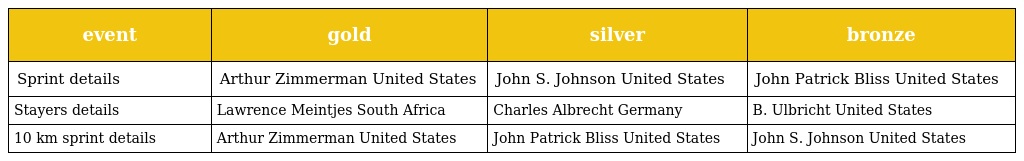
| event | gold | silver | bronze |
 | --- | --- | --- | --- |
 | Sprint details | Arthur Zimmerman United States | John S. Johnson United States | John Patrick Bliss United States |
 | Stayers details | Lawrence Meintjes South Africa | Charles Albrecht Germany | B. Ulbricht United States |
 | 10 km sprint details | Arthur Zimmerman United States | John Patrick Bliss United States | John S. Johnson United States |